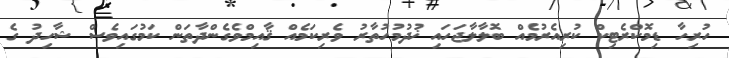
ހުރިހާ ޑިމޮކްރެޓިކް ކުރިއެރުމެއް ބޮލާލާޖަހައި ޚުދުމުހުތާރު ވެރިކަމެއް ޤާއިމްވެގެންދާތަން ކަމުގައިވެސް ޝާހިދު ގެ